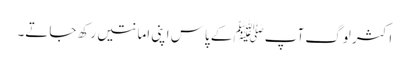
اکثر لوگ آپﷺ کے پاس اپنی امانتیں رکھ جاتے۔